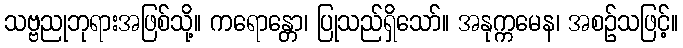
သဗ္ဗညုဘုရားအဖြစ်သို့။ ကရောန္တော၊ ပြုသည်ရှိသော်။ အနုက္ကမေန၊ အစဉ်သဖြင့်။